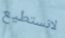
لانستطيع